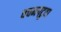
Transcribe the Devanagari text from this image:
वचनपटुता